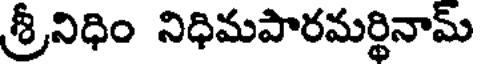
శ్రీనిధిం నిధిమపారమర్థినామ్